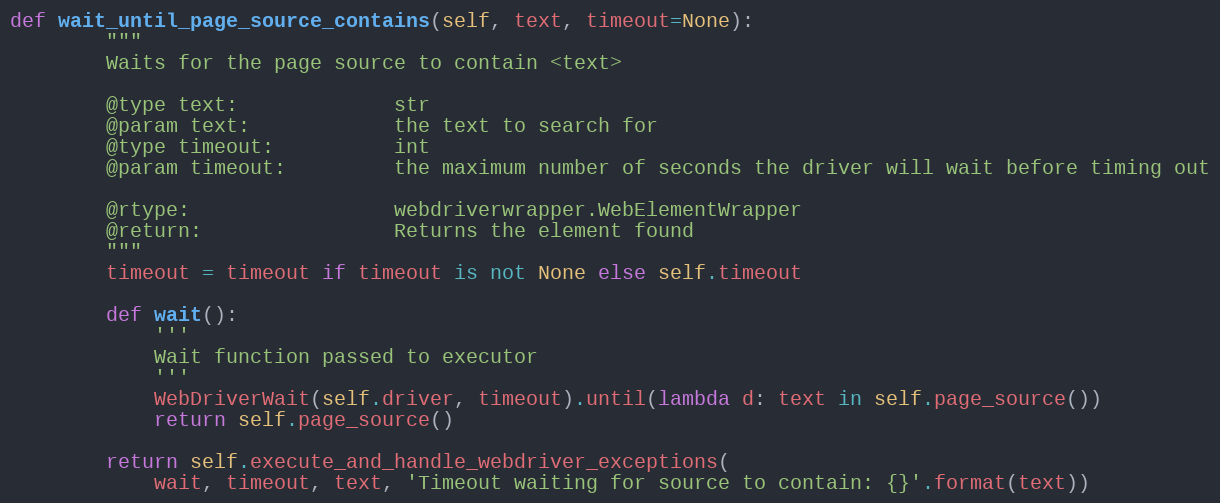
Language: Python
def wait_until_page_source_contains(self, text, timeout=None):
        """
        Waits for the page source to contain <text>

        @type text:             str
        @param text:            the text to search for
        @type timeout:          int
        @param timeout:         the maximum number of seconds the driver will wait before timing out

        @rtype:                 webdriverwrapper.WebElementWrapper
        @return:                Returns the element found
        """
        timeout = timeout if timeout is not None else self.timeout

        def wait():
            '''
            Wait function passed to executor
            '''
            WebDriverWait(self.driver, timeout).until(lambda d: text in self.page_source())
            return self.page_source()

        return self.execute_and_handle_webdriver_exceptions(
            wait, timeout, text, 'Timeout waiting for source to contain: {}'.format(text))